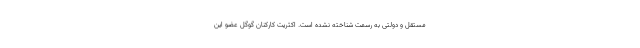
مستقل و دولتی به رسمت شناخته نشده است. اکثریت کارکنان گوگل عضو این